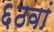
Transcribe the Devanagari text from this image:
६ठवां